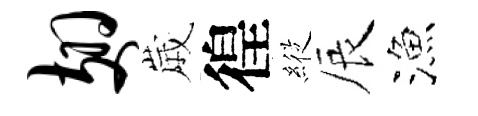
翅𡻕徨𦂵辰漁